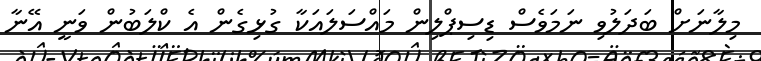
މިލާނަށް ބަދަލުވި ނަަމަވެސް ޑިސިޕްލިން މައްސަލައަކާ ގުޅިގެން އެ ކްލަބުން ވަނީ އޭނާ